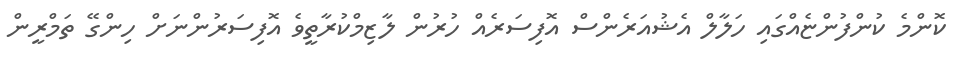
ކޮންމެ ކުންފުންޏެއްގައި ހަލާލް އެޝުއަރެންސް އޮފިސަރެއް ހުރުން ލާޒިމްކުރާތީވެ އޮފިސަރުންނަށް ހިންގޭ ތަމްރީން